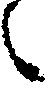
候